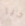
حيا